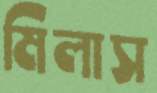
মিলাস